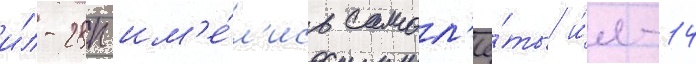
и́л-28п им'е́л'ись самол'ё́ты и́л-14